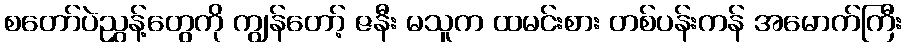
စတော်ပဲညွှန့်တွေကို ကျွန်တော့် ဇနီး မသူက ထမင်းစား တစ်ပန်းကန် အမောက်ကြီး